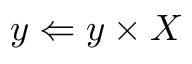
y \Leftarrow y \times X